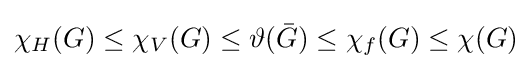
\chi _{H}(G)\leq \chi _{V}(G)\leq \vartheta ({\bar {G}})\leq \chi _{f}(G)\leq \chi (G)